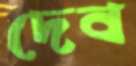
দেব